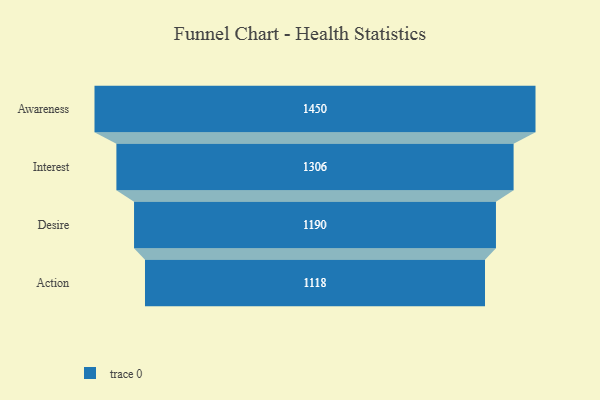
{"axis": {"x": "Stage", "y": "Value"}, "legend": [""], "data": [{"x": "Awareness", "y": 1450.0, "type": ""}, {"x": "Interest", "y": 1306.0, "type": ""}, {"x": "Desire", "y": 1190.0, "type": ""}, {"x": "Action", "y": 1118.0, "type": ""}]}